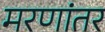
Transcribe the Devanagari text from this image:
मरणांतर